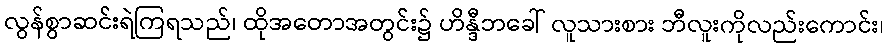
လွန်စွာဆင်းရဲကြရသည်၊ ထိုအတောအတွင်း၌ ဟိန္ဒီဘခေါ် လူသားစား ဘီလူးကိုလည်းကောင်း၊